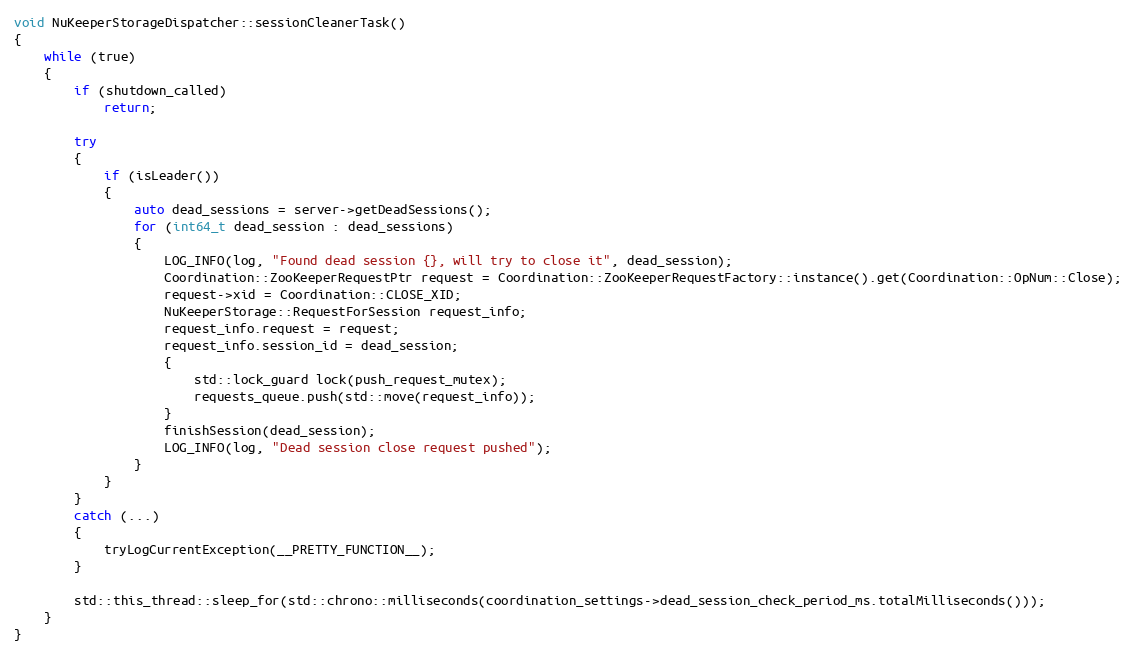
Language: C++
void NuKeeperStorageDispatcher::sessionCleanerTask()
{
    while (true)
    {
        if (shutdown_called)
            return;

        try
        {
            if (isLeader())
            {
                auto dead_sessions = server->getDeadSessions();
                for (int64_t dead_session : dead_sessions)
                {
                    LOG_INFO(log, "Found dead session {}, will try to close it", dead_session);
                    Coordination::ZooKeeperRequestPtr request = Coordination::ZooKeeperRequestFactory::instance().get(Coordination::OpNum::Close);
                    request->xid = Coordination::CLOSE_XID;
                    NuKeeperStorage::RequestForSession request_info;
                    request_info.request = request;
                    request_info.session_id = dead_session;
                    {
                        std::lock_guard lock(push_request_mutex);
                        requests_queue.push(std::move(request_info));
                    }
                    finishSession(dead_session);
                    LOG_INFO(log, "Dead session close request pushed");
                }
            }
        }
        catch (...)
        {
            tryLogCurrentException(__PRETTY_FUNCTION__);
        }

        std::this_thread::sleep_for(std::chrono::milliseconds(coordination_settings->dead_session_check_period_ms.totalMilliseconds()));
    }
}